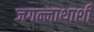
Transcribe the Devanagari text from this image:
जगन्नाथाशी